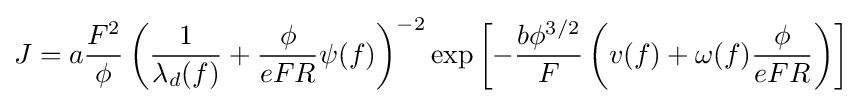
J=a{\frac {F^{2}}{\phi }}\left({\frac {1}{\lambda _{d}(f)}}+{\frac {\phi }{eFR}}\psi (f)\right)^{-2}\exp \left[-{\frac {b\phi ^{3/2}}{F}}\left(v(f)+\omega (f){\frac {\phi }{eFR}}\right)\right]